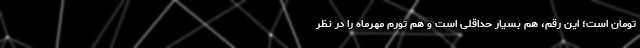
تومان است؛ این رقم، هم بسیار حداقلی است و هم تورم مهرماه را در نظر